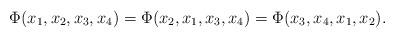
LaTeX: \begin{align*}\Phi(x_{1},x_{2},x_{3},x_{4}) =\Phi(x_{2},x_{1},x_{3},x_{4})=\Phi(x_{3},x_{4},x_{1},x_{2}).\end{align*}